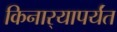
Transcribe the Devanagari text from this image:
किनार्‍यापर्यंत